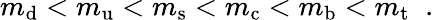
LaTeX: m_{\mathrm{d}}<m_{\mathrm{u}}<m_{\mathrm{s}}<m_{\mathrm{c}}<m_{\mathrm{b}}<m_{\mathrm{t}}\; \; .